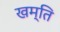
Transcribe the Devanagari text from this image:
खम्ति